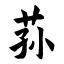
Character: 荪